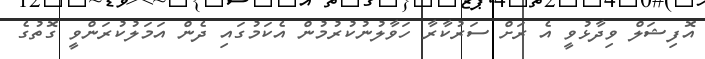
އޮފިޝަލް ވިދާޅުވީ އެ ރަށް ސަރުކާރާ ހަވާލުނުކުރުމުން އެކަމުގައި ދެން އަމަލުކުރަންވީ ގޮތުގެ